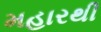
મહારથી